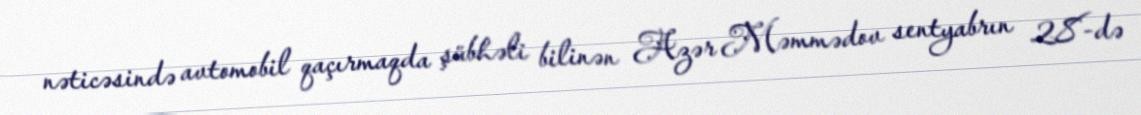
nəticəsində avtomobil qaçırmaqda şübhəli bilinən Azər Məmmədov sentyabrın 28-də